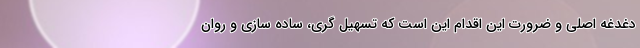
دغدغه اصلی و ضرورت این اقدام این است که تسهیل گری، ساده سازی و روان